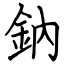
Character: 鈉